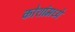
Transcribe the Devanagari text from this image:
कोशांमध्ये